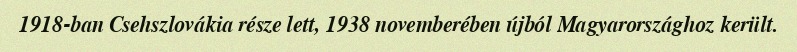
1918-ban Csehszlovákia része lett, 1938 novemberében újból Magyarországhoz került.